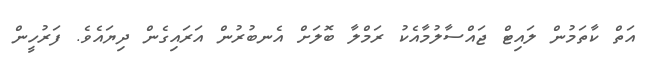
އަތް ކާތަމުން ލައިޓް ޖައްސާލުމާއެކު ރަމްލާ ބޮލަށް އެނބުރުން އަރައިގެން ދިޔައެވެ. ފަރުހީން